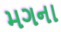
મગના